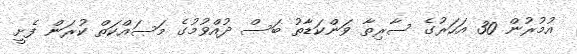
އުމުރުން 30 އަހަރުގެ ސާރިތާ ވަންކަޑާތު ބަސް ދުއްވުމުގެ މަސައްކަތް ކުރަން ފެށީ